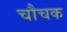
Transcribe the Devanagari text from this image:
चौचक